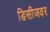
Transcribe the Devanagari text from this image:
डिसीजवर